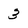
Character: 3